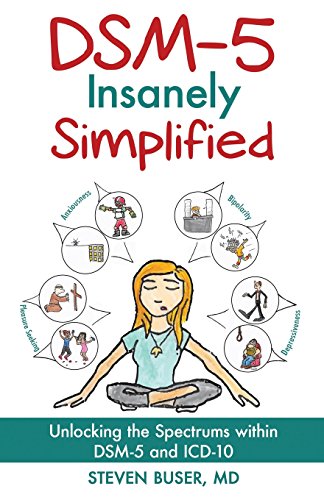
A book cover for DSM-5 Insanely Simplified: Unlocking the Spectrums within DSM-5 and ICD-10; Steven Buser; Medical Books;